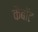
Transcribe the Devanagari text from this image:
कैबॉट